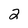
Character: 2